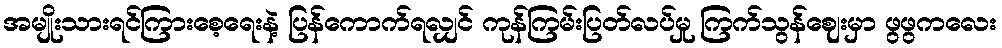
အမျိုးသားရင်ကြားစေ့ရေးနဲ့ ပြန်ကောက်ရလျှင် ကုန်ကြမ်းပြတ်လပ်မှု ကြက်သွန်ဈေးမှာ ဖွဖွကလေး